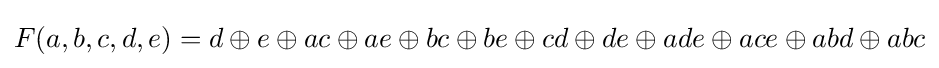
F(a,b,c,d,e)=d\oplus e\oplus ac\oplus ae\oplus bc\oplus be\oplus cd\oplus de\oplus ade\oplus ace\oplus abd\oplus abc